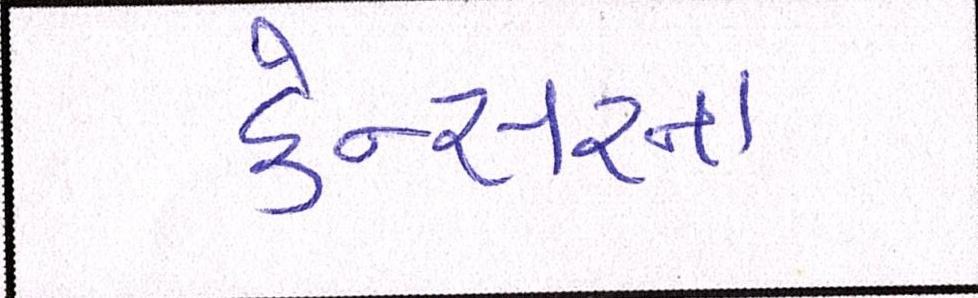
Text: કેન્સરના